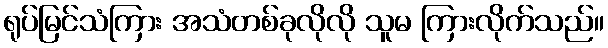
ရုပ်မြင်သံကြား အသံတစ်ခုလိုလို သူမ ကြားလိုက်သည်။